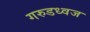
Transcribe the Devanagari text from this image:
गरुडध्वज